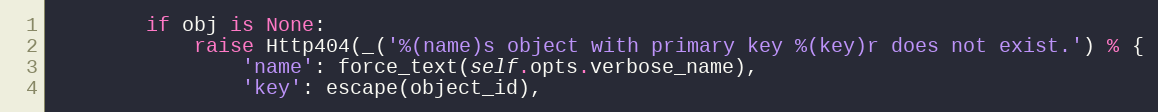
Language: Python
        if obj is None:
            raise Http404(_('%(name)s object with primary key %(key)r does not exist.') % {
                'name': force_text(self.opts.verbose_name),
                'key': escape(object_id),